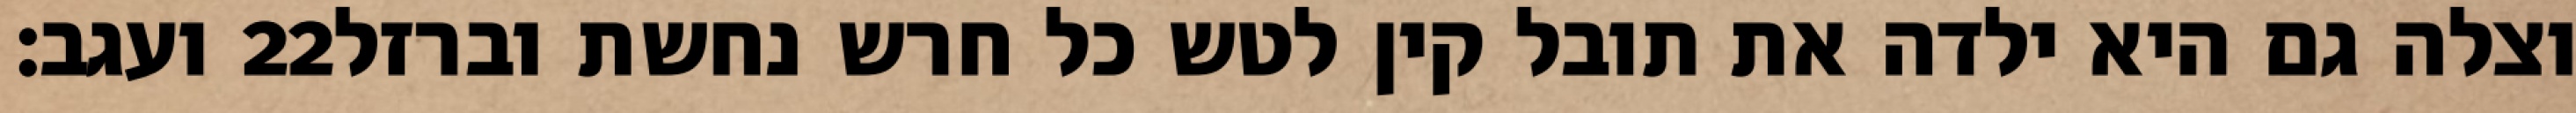
ועגב׃ ‎22‏ וצלה גם היא ילדה את תובל קין לטש כל חרש נחשת וברזל